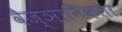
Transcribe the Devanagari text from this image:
वैज्ञानिकता